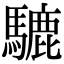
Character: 騼